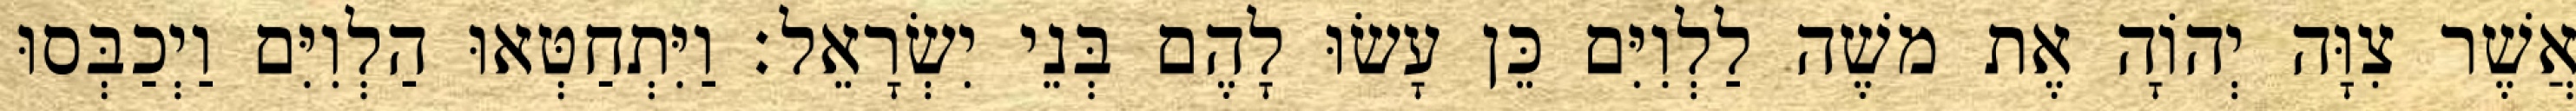
אֲשֶׁר צִוָּה יְהוָֹה אֶת משֶׁה לַלְוִיִּם כֵּן עָשׂוּ לָהֶם בְּנֵי יִשְׂרָאֵל׃ וַיִּתְחַטְּאוּ הַלְוִיִּם וַיְכַבְּסוּ